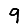
Digit: 9